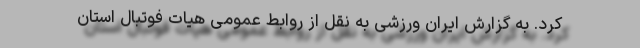
کرد. به گزارش ایران ورزشی به نقل از روابط عمومی هیات فوتبال استان